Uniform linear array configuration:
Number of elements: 4
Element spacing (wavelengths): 0.75
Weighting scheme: exponential
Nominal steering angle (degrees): -60
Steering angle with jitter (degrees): -61.86
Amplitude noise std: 0.05
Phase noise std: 0.05

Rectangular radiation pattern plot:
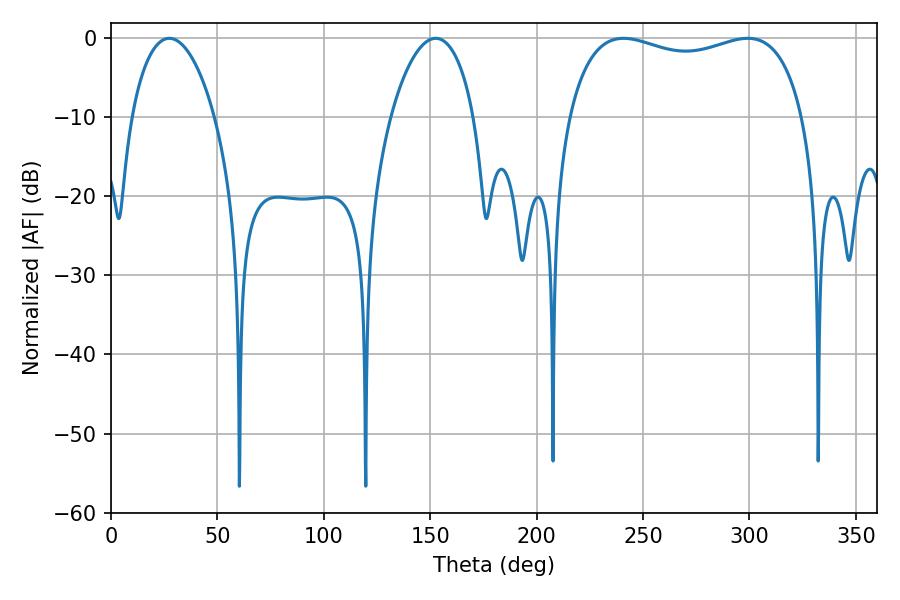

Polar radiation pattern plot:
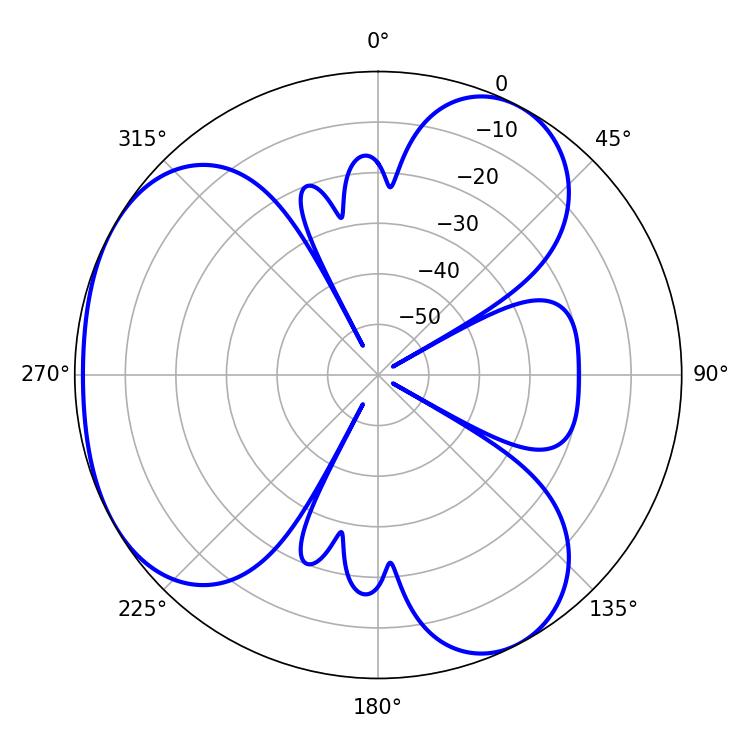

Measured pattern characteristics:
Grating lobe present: TRUE
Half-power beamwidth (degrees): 90.72
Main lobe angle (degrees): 240.84